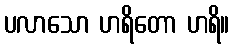
ပလာသော ဟရိတော ဟရိ။